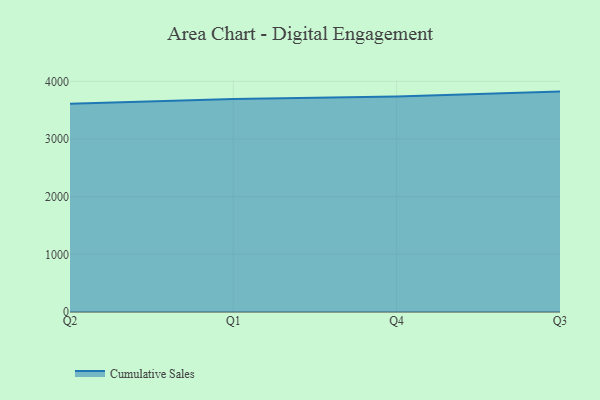
{"axis": {"x": "Quarter", "y": "Active Users"}, "legend": ["Cumulative Sales"], "data": [{"x": "Q2", "y": 3612.9, "type": "Cumulative Sales"}, {"x": "Q1", "y": 3695.2, "type": "Cumulative Sales"}, {"x": "Q4", "y": 3736.1, "type": "Cumulative Sales"}, {"x": "Q3", "y": 3822.5, "type": "Cumulative Sales"}]}